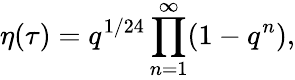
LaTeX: \eta(\tau)=q^{1/24}\prod_{n=1}^{\infty}(1-q^{n}),